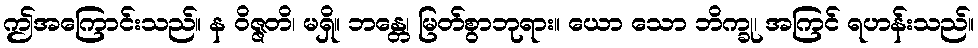
ဤအကြောင်းသည်။ န ဝိဇ္ဇတိ၊ မရှိ။ ဘန္တေ၊ မြတ်စွာဘုရား။ ယော သော ဘိက္ခု၊ အကြင် ရဟန်းသည်။